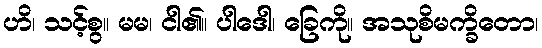
ဟိ၊ သင့်စွ။ မမ၊ ငါ၏။ ပါဒေါ၊ ခြေကို။ အသုစိမက္ခိတော၊